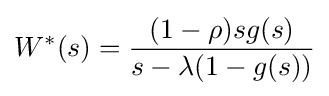
W^{\ast }(s)={\frac {(1-\rho )sg(s)}{s-\lambda (1-g(s))}}